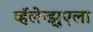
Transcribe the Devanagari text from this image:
व्हॅलेन्झुएला